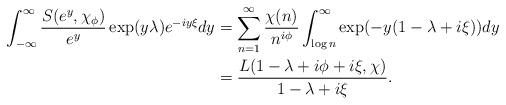
LaTeX: \begin{align*} \int_{-\infty}^{\infty}\frac{ S(e^y,\chi_{\phi})}{e^y} \exp(y\lambda) e^{-iy\xi} dy& = \sum_{n=1}^{\infty} \frac{\chi(n)}{n^{i\phi}} \int_{\log n}^{\infty} \exp(-y(1-\lambda+i\xi)) dy\\ &= \frac{L(1-\lambda+i\phi+i\xi,\chi)}{1-\lambda+i\xi}.\end{align*}